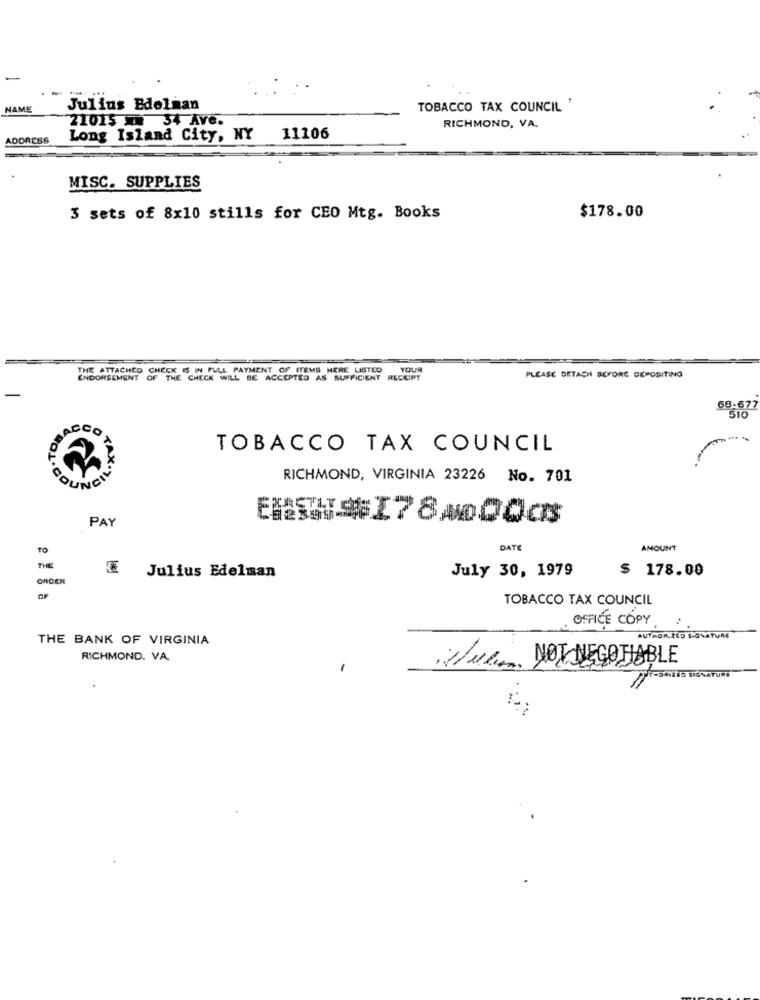
NAME
Julius Edelman
TOBACCO TAX COUNCIL '
21015 34 Ave.
RICHMOND, VA.
RESS
Long Island City, NY
11106
MISC. SUPPLIES
3 sets of 8x10 stills for CEO Mtg. Books
$178.00
THE ATTACHED CHECK IS IN FULL PAYMENT OF ITEMS HERE LISTED
YOUR
ENDORSEMENT OF THE CHECK WILL BE ACCEPTED AS SUFFICIENT ALCOPT
PLEASE DETACH BEFORE DEPOSITING
68-677
510
CCO
TOBACCO TAX COUNCIL
RICHMOND, VIRGINIA 23226 No. 701
COUNCI
PAY
MATHS I78A00a
TO
DAT
AMOUNT
THE
Julius Edelman
July 30, 1979
$ 178.00
ORDER
OF
TOBACCO TAX COUNCIL
OFFICE COPY
THE BANK OF VIRGINIA
AUTHORIZED SIGNATURE
RICHMOND. VA.
-
Tuin NON NEGOTIABLE
1-2-2 10 SIGNATURE